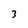
Character: 3